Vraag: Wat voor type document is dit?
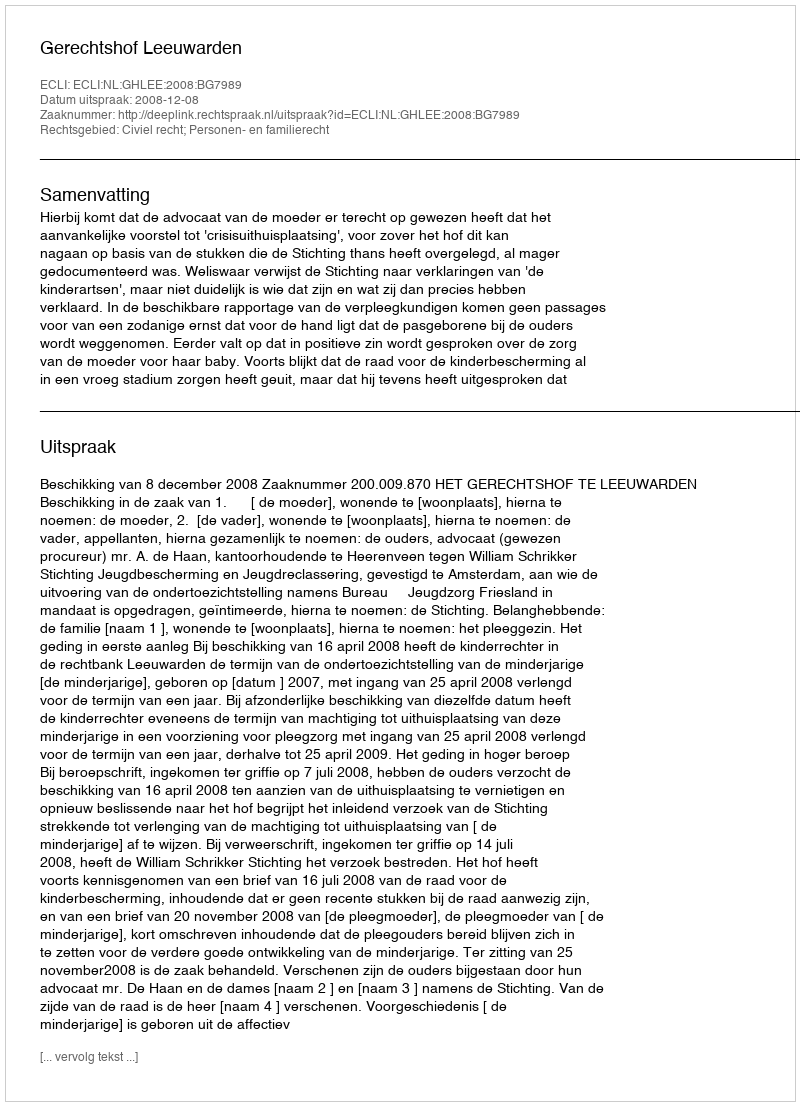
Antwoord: Uitspraak